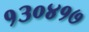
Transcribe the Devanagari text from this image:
१३०४१७